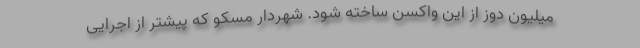
میلیون دوز از این واکسن ساخته شود. شهردار مسکو که پیشتر از اجرایی